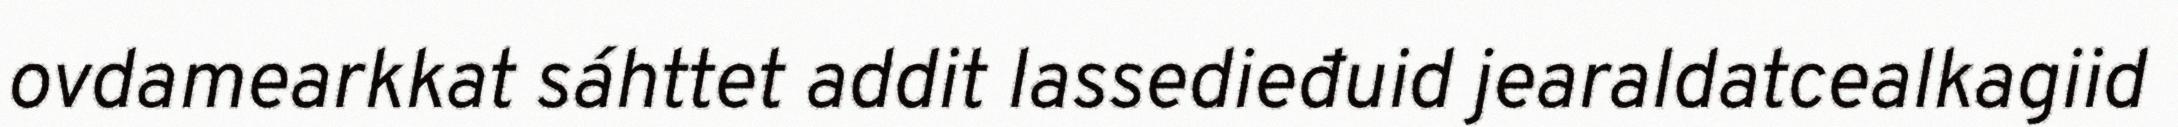
ovdamearkkat sáhttet addit lassedieđuid jearaldatcealkagiid